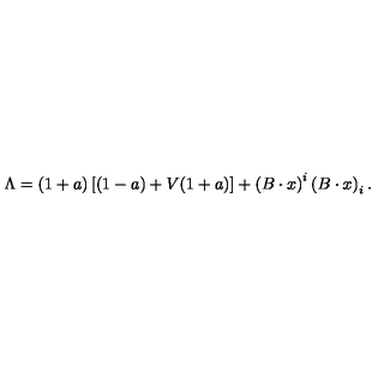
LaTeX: \Lambda = ( 1 + a ) \left[ ( 1 - a ) + V ( 1 + a ) \right] + \left( B \cdot x \right) ^ { i } \left( B \cdot x \right) _ { i } .